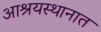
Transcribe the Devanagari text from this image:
आश्रयस्थानात